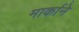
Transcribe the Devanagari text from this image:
मार्काने